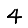
Digit: 4